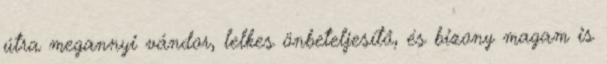
útra megannyi vándor, lelkes önbeteljesítő, és bizony magam is